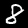
Digit: 8